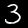
Digit: 3